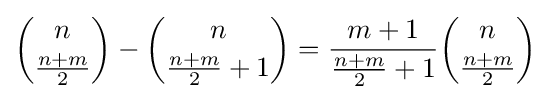
{\binom {n}{\tfrac {n+m}{2}}}-{\binom {n}{{\tfrac {n+m}{2}}+1}}={\frac {m+1}{{\tfrac {n+m}{2}}+1}}{\binom {n}{\tfrac {n+m}{2}}}